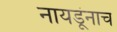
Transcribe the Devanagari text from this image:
नायडूंनाच